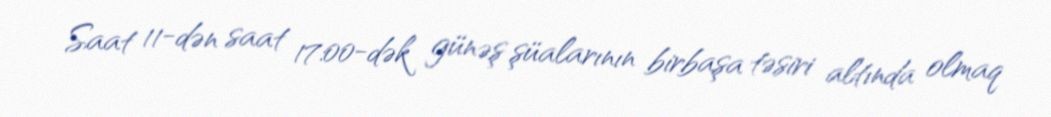
Saat 11-dən saat 17:00-dək günəş şüalarının birbaşa təsiri altında olmaq